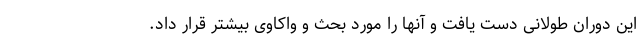
این دوران طولانی دست یافت و آنها را مورد بحث و واکاوی بیشتر قرار داد.